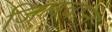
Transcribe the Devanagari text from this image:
जिलवाने